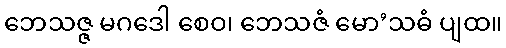
ဘေသဇ္ဇ မဂဒေါ စေဝ၊ ဘေသဇံ မော’သဓံ ပျထ။